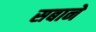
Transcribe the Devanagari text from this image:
सबाने